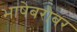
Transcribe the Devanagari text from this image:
भाषेबरोबर